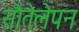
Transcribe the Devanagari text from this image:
सौतेलेपन